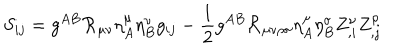
S _ { i j } = g ^ { A B } { \cal R } _ { \mu \nu } \eta _ { A } ^ { \mu } \eta _ { B } ^ { \nu } g _ { i j } - \frac { 1 } { 2 } g ^ { A B } { \cal R } _ { \mu \nu \rho \sigma } \eta _ { A } ^ { \mu } \eta _ { B } ^ { \sigma } Z _ { , i } ^ { \nu } Z _ { , j } ^ { \rho }